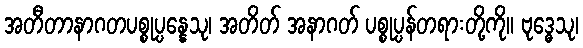
အတီတာနာဂတပစ္စုပ္ပန္နေသု၊ အတိတ် အနာဂတ် ပစ္စုပ္ပန်တရားတို့ကို။ ဗုဒ္ဓေသု၊